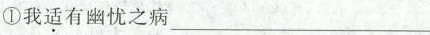
①我\underset{·}{适}有幽忧之病___